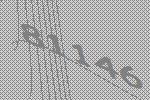
81146